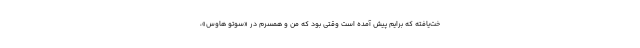
خت‌یافته که برایم پیش آمده است وقتی بود که من و همسرم در «سوتو هاوس»،